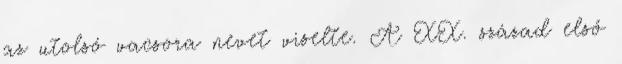
az utolsó vacsora nevet viselte. A XX. század első